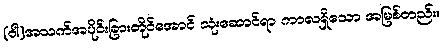
(ဝါ)အသက်အပိုင်းခြားတိုင်အောင် သုံးဆောင်ရာ ကာလရှိသော အမြစ်တည်း။